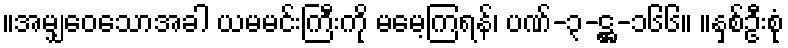
။အမျှဝေသောအခါ ယမမင်းကြီးကို မမေ့ကြရန်၊ ပဏ်-၃-ဋ္ဌ-၁၆၆။ ။နှစ်ဦးစုံ